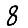
Digit: 8